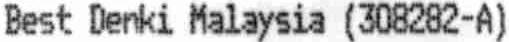
BEST DENKI MALAYSIA (308282-A)